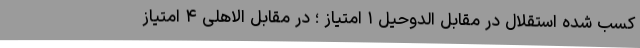
کسب شده استقلال در مقابل الدوحیل ۱ امتیاز ؛ در مقابل الاهلی ۴ امتیاز